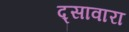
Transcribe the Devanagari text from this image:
द्सावारा